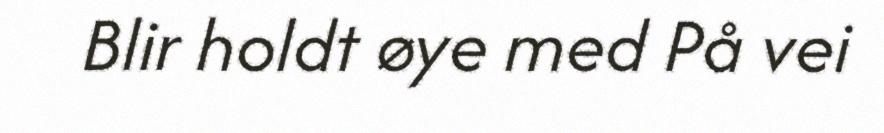
Blir holdt øye med På vei